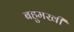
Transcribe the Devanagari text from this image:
बहुमखी